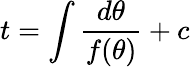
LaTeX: t=\int\frac{d\theta}{f(\theta)}+c